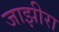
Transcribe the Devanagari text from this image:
जाझीरा